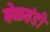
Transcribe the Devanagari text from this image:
बेळवंडी